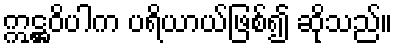
ဣဋ္ဌဝိပါက ပရိယာယ်ဖြစ်၍ ဆိုသည်။